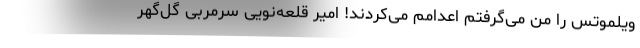
ویلموتس را من می‌گرفتم اعدامم می‌کردند! امیر قلعه‌نویی سرمربی گل‌گهر